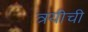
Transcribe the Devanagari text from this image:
त्रयीची